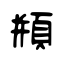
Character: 頩